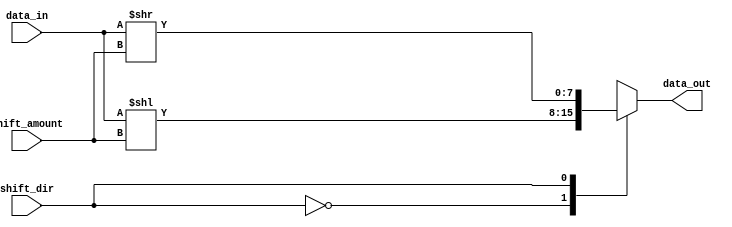
module BarrelShifter (
    input [7:0] data_in,
    input [2:0] shift_amount,
    input shift_dir,
    output reg [7:0] data_out
);

reg [7:0] data_shifted;

always @(*) begin
    case (shift_dir)
        0: data_shifted = data_in << shift_amount;
        1: data_shifted = data_in >> shift_amount;
    endcase
end

always @(*) begin
    data_out = data_shifted;
end

endmodule